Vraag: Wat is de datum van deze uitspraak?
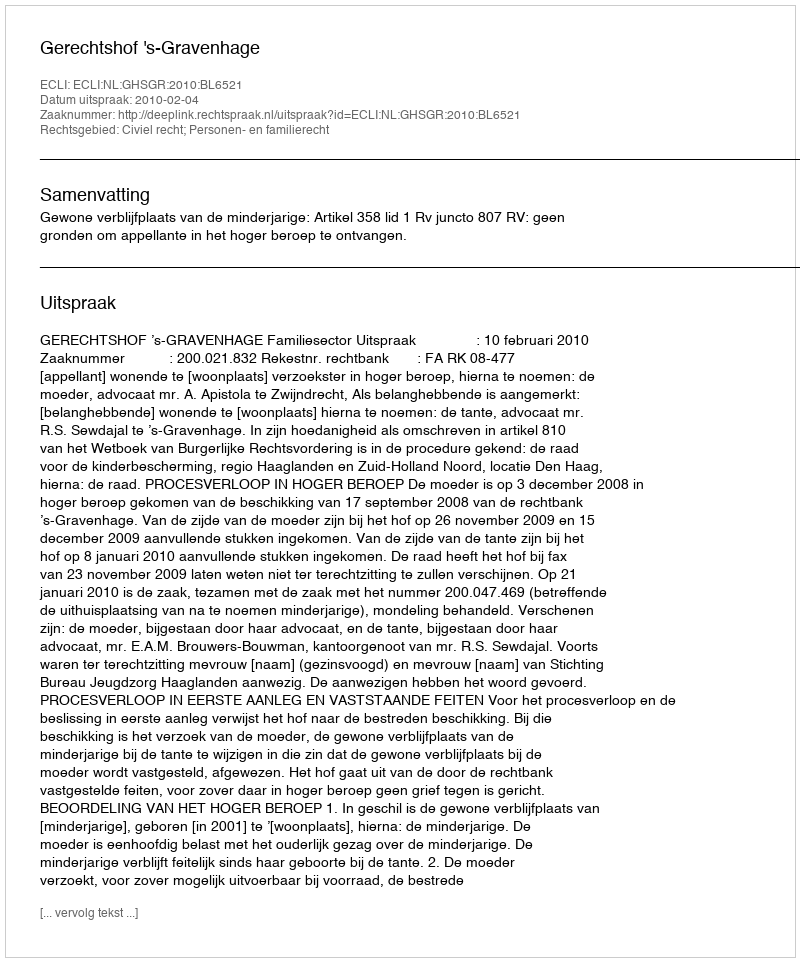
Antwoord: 2010-02-04